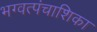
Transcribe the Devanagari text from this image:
भग्वत्पंचाशिका